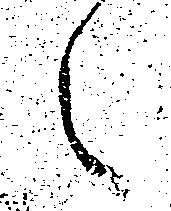
々